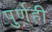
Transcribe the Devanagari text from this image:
पुर्णही